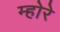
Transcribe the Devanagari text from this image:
म्होरे